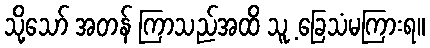
သို့သော် အတန် ကြာသည်အထိ သူ့ ခြေသံမကြားရ။